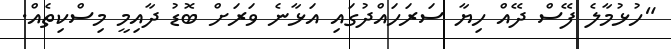
"ހުޅުމާލެ ފޭސް ދޭއް ހިޔާ ސަރަހައްދުގައި އަޅާނެ ވަރަށް ބޮޑު ދާއިމީ މިސްކިތެއް.